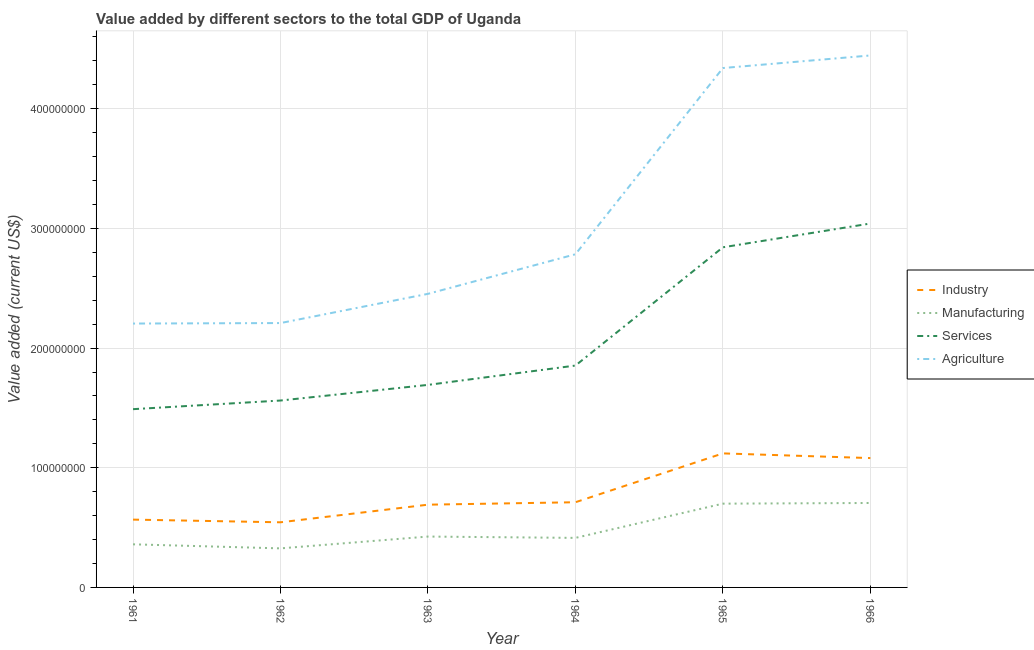
| Year | Industry | Manufacturing | Services | Agriculture |
 | --- | --- | --- | --- | --- |
 | 1961 | 5.67e+07 | 3.6e+07 | 1.49e+08 | 2.2e+08 |
 | 1962 | 5.44e+07 | 3.26e+07 | 1.56e+08 | 2.21e+08 |
 | 1963 | 6.91e+07 | 4.25e+07 | 1.69e+08 | 2.45e+08 |
 | 1964 | 7.12e+07 | 4.14e+07 | 1.85e+08 | 2.78e+08 |
 | 1965 | 1.12e+08 | 7e+07 | 2.84e+08 | 4.34e+08 |
 | 1966 | 1.08e+08 | 7.06e+07 | 3.04e+08 | 4.44e+08 |